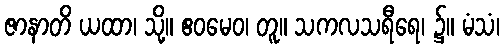
ဇာနာတိ ယထာ၊ သို့။ ဧဝမေဝ၊ တူ။ သကလသရီရေ၊ ၌။ မံသံ၊